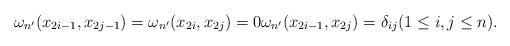
LaTeX: \begin{align*}\omega_{n'}(x_{2i-1},x_{2j-1}) = \omega_{n'}(x_{2i},x_{2j}) = 0 \omega_{n'}(x_{2i-1},x_{2j}) = \delta_{ij} (1 \leq i,j \leq n).\end{align*}